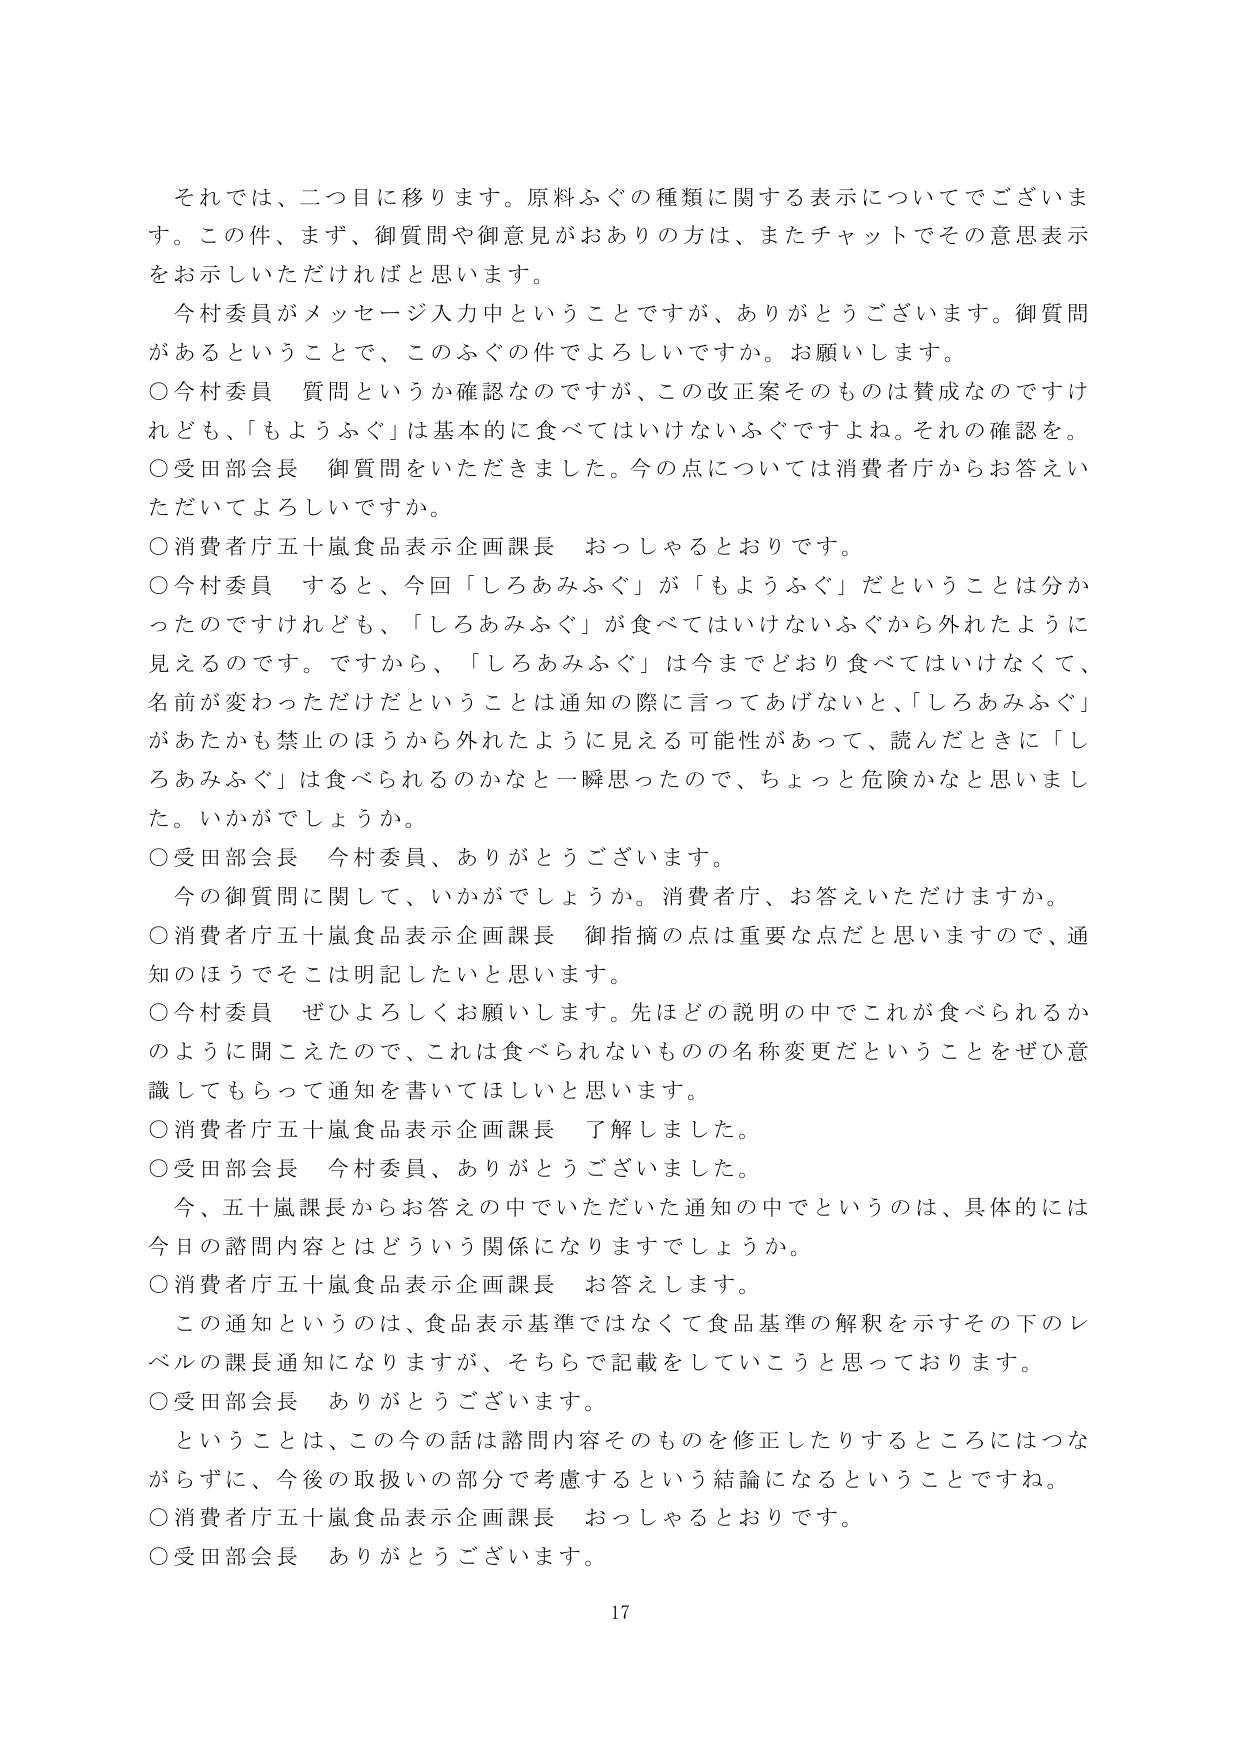
それでは、二つ目に移ります。原料ふぐの種類に関する表示についてでございます。この件、まず、御質問や御意見がおありの方は、またチャットでその意思表示をお示しいただければと思います。

今村委員がメッセージ入力中ということですが、ありがとうございます。御質問があるということで、このふぐの件でよろしいですか。お願いします。

○今村委員 質問というか確認なのですが、この改正案そのものは賛成なのですが、それでも、「もよろふぐ」は基本的に食べてはいけないふぐですよね。それの確認を。

○受田部会長 御質問をいただきました。今の点については消費者庁からお答えいただいてよろしいですか。

○消費者庁五十嵐食品表示企画課長 おっしゃるとおりです。

○今村委員 すると、今回「しろあみふぐ」が「もよろふぐ」だということは分かったのですけれども、「しろあみふぐ」が食べてはいけないふぐから外れたように見えるのです。ですから、「しろあみふぐ」は今までどおり食べてはいけなくて、名前が変わっただけだということは通知の際に言ってあげないと、「しろあみふぐ」があたかも禁止のほうから外れたように見える可能性があって、読んだときに「しろあみふぐ」は食べられるのかなと一瞬思ったので、ちょっと危険かなと思いました。いかがでしょうか。

○受田部会長 今村委員、ありがとうございます。

今の御質問に関して、いかがでしょうか。消費者庁、お答えいただけますか。

○消費者庁五十嵐食品表示企画課長 御指摘の点は重要な点だと思いますので、通知のほうでそこは明記したいと思います。

○今村委員 ぜひよろしくお願いします。先ほどの説明の中でこれが食べられるかのように聞こえたので、これは食べられないものの名称変更だということをぜひ意識してもらって通知を書いてほしいと思います。

○消費者庁五十嵐食品表示企画課長 了解しました。

○受田部会長 今村委員、ありがとうございました。

今、五十嵐課長からお答えの中でしたいただいた通知の中でというのは、具体的には今日の諮問内容とはどういう関係になりますでしょうか。

○消費者庁五十嵐食品表示企画課長 お答えします。

この通知というのは、食品表示基準ではなくて食品基準の解釈を示すその下のレベルの課長通知になりますが、それらで記載をしていこうと思っております。

○受田部会長 ありがとうございます。

ということは、この今の話は諮問内容そのものを修正したりするところにはつながらずに、今後の取扱いの部分で考慮するという結論になるということですね。

○消費者庁五十嵐食品表示企画課長 おっしゃるとおりです。

○受田部会長 ありがとうございます。

17